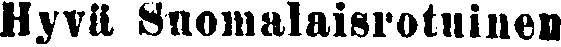
Hyvä Suomalaisrotuinen